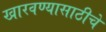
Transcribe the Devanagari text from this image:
खारवण्यासाठीचे